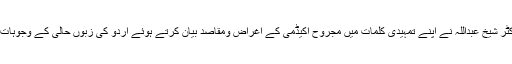
مجروح اکیڈمی کے صدر ڈاکٹر شیخ عبداللہ نے اپنے تمہیدی کلمات میں مجروح اکیڈمی کے اغراض ومقاصد بیان کرتے ہوئے اردو کی زبوں حالی کے وجوہات کا جامع انداز میں تذکرہ کیا۔